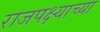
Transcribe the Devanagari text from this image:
राजपक्ष्याच्या